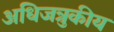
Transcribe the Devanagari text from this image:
अधिजत्रुकीय